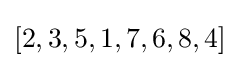
[2,3,5,1,7,6,8,4]